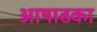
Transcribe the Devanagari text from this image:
आषाढका